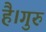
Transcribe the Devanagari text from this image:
है।गुरु